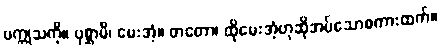
ပက္ကုသကို။ ပုစ္ဆာမိ၊ မေးအံ့။ တတော၊ ထိုမေးအံ့ဟုဆိုအပ်သောစကားထက်။